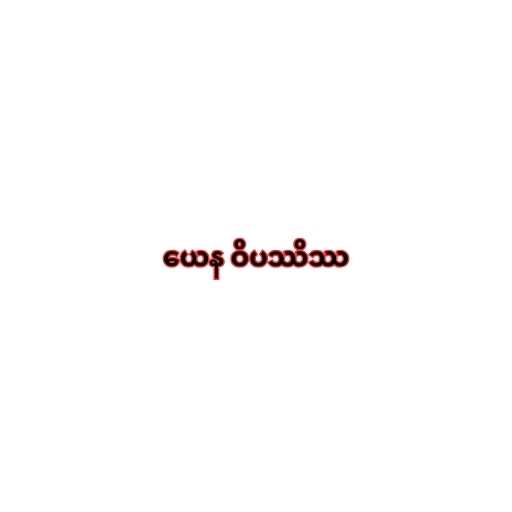
ယေန ဝိပဿိဿ